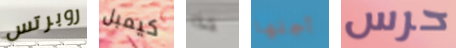
روبرتس كيمبل هذا أجلها حرس